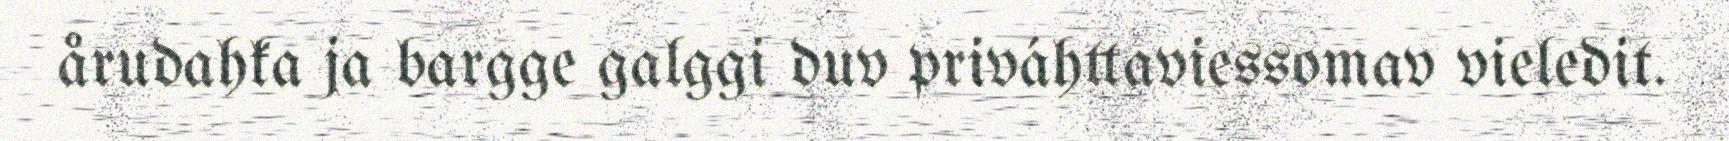
årudahka ja bargge galggi duv priváhttaviessomav vieledit.